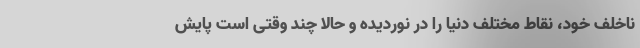
ناخلف خود، نقاط مختلف دنیا را در نوردیده و حالا چند وقتی است پایش